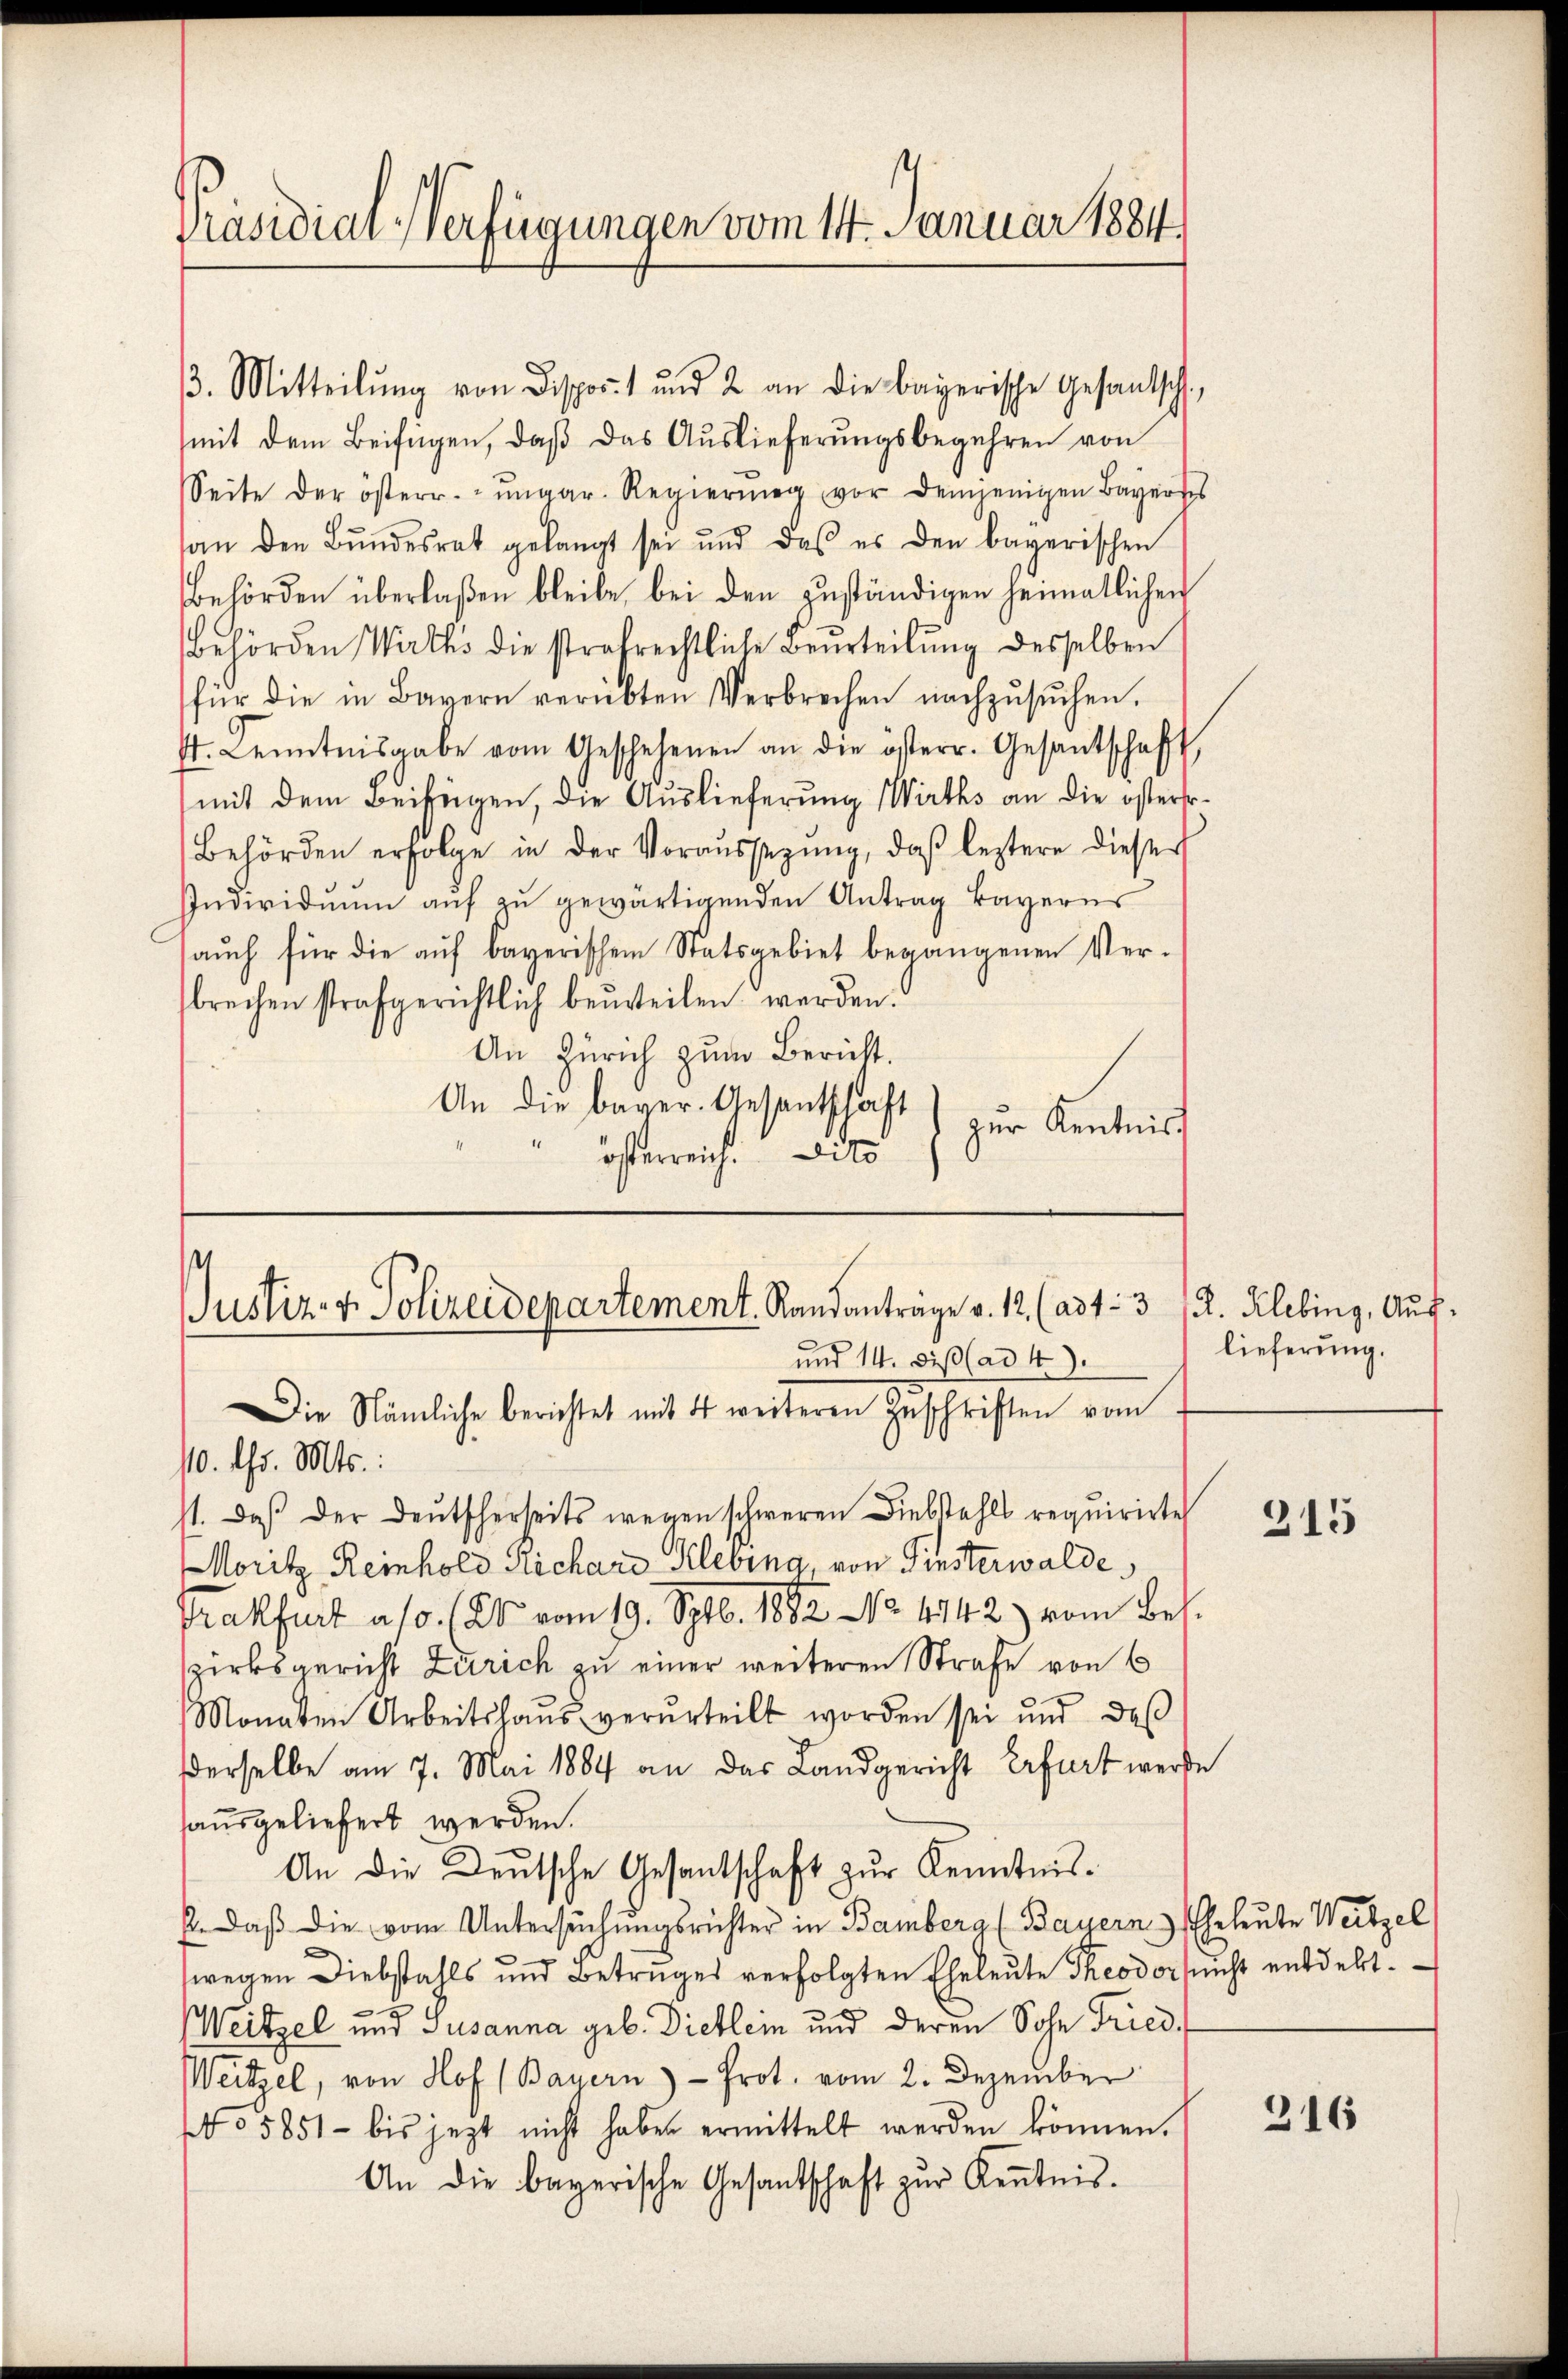
Präsidial-Verfügungen vom 14. Januar 1884.

3. Mitteilŭng von Disport und 2 an die bayerische Gesantsch
mit dem Beifügen, daß das Auslieferungsbegehren von
Seite der österr.-ungar. Regierŭng vor demjenigen Bayer des
an den Bŭndesrat gelangt sei und das es den bayerischen
Behörden überlaßen bleibe bei den zuständigen heimatlichen
behörden Wirths die strafrechtliche Beurteilŭng desselben
für die in Bayern verübten Verbrechen nachzŭsŭchen.
t. Kenntnisgabe vom Geschehenen an die österr. Gesantschaft
mit dem Beifügen, die Auslieferung Wirths an die österso¬
Behörden erfolge in der Voraŭssezŭng, daβ leztere dieser
Individuum auf zu gewärtigenden Antrag Bayerns
aŭch für die aŭf bayerischem Statsgebiet begangenen Ver-
sbrechen strafgerichtlich beurteilen werden.
An Zürich zum Bericht.
An die bayer. Gesentschaft
zur Kenntniss
österreich. Die

Justiz- & Polizeidepartement. Randanträge v. 12. (ad 1. 3 R. Klebing, Auf¬
und 14. diß (ad 4).
Die Nämliche berichtet mit 4 weiteren Zuschriften vom

10. d. Mts.:
st. Daß der Deutscherseits wegen schweren Diebstahls requirirte
Moritz Reinhold Richard Klebing, von Finsterwalde
Trakfurt a/d. (24 vom 19. Sptb. 1882 No 4742) vom Bes
zirksgericht Zürich zu einer weiteren Strafe von 6
Monaten Arbeitshaŭs verurteilt worden sei und daß
Derselbe am 7. Mai 1884 an das Landgericht Erfurt werde
sausgeliefert werden.
An die Deutsche Gesandtschaft zur Kenntnis¬
2. Daß die vom Untersuchungsrichter in Bamberg (Bayern) Eheleute Weitzel
wegen Diebstahls und Betruges verfolgten Eheleute Theodor nicht entdekt.
Weitzel und Susanna geb. Diellein und deren Sohn Fried.
Weitzel, von Hof (Bayern) - Prot. vom 2. Dezember
5851 bis jezt nicht haben ermittelt werden können.
An die bayerische Gesandschaft zur Kenntnis.

lieferung.

215

316